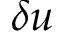
\delta u